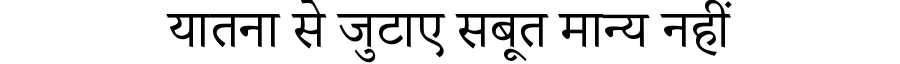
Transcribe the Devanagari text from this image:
यातना से जुटाए सबूत मान्य नहीं